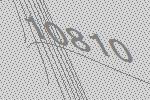
10810